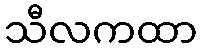
သီလကထာ